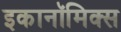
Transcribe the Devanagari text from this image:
इकानॉमिक्स